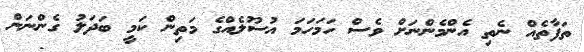
ތަފާތެއް ނެތި އެންމެންނަށް ވެސް ހަމަހަމަ އުސޫލެއްގެ މަތިން ކަމީ ބަދަލު ގެންނަން